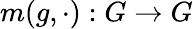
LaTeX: m(g,\cdot):G\to G